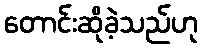
တောင်းဆိုခဲ့သည်ဟု